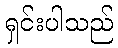
ရှင်းပါသည်